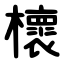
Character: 櫰